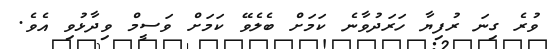
ވުރެ ގިނަ ރުފިޔާ ހަރަދުވާނެ ކަމަށް ބެލެވޭ ކަމަށް ވަސީމް ވިދާޅުވި އެވެ.